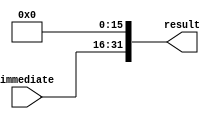
module lui (
    input [15:0] immediate,
    output reg [31:0] result
);

always @* begin
    result = {immediate, 16'b0}; // Shift left the immediate value by 16 bits
end

endmodule